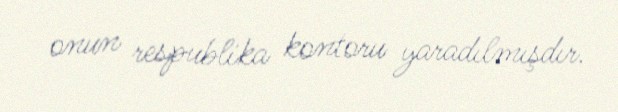
onun respublika kontoru yaradılmışdır.